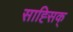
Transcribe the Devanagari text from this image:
साह्सिक्